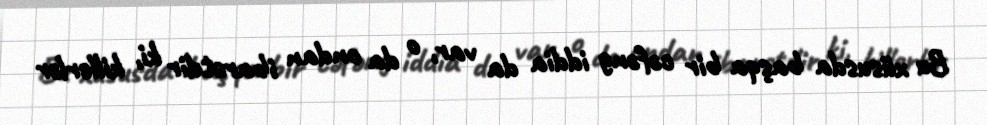
Bu xüsusda başqa bir cəfəng iddia da var, o da ondan ibarətdir ki, killerlər